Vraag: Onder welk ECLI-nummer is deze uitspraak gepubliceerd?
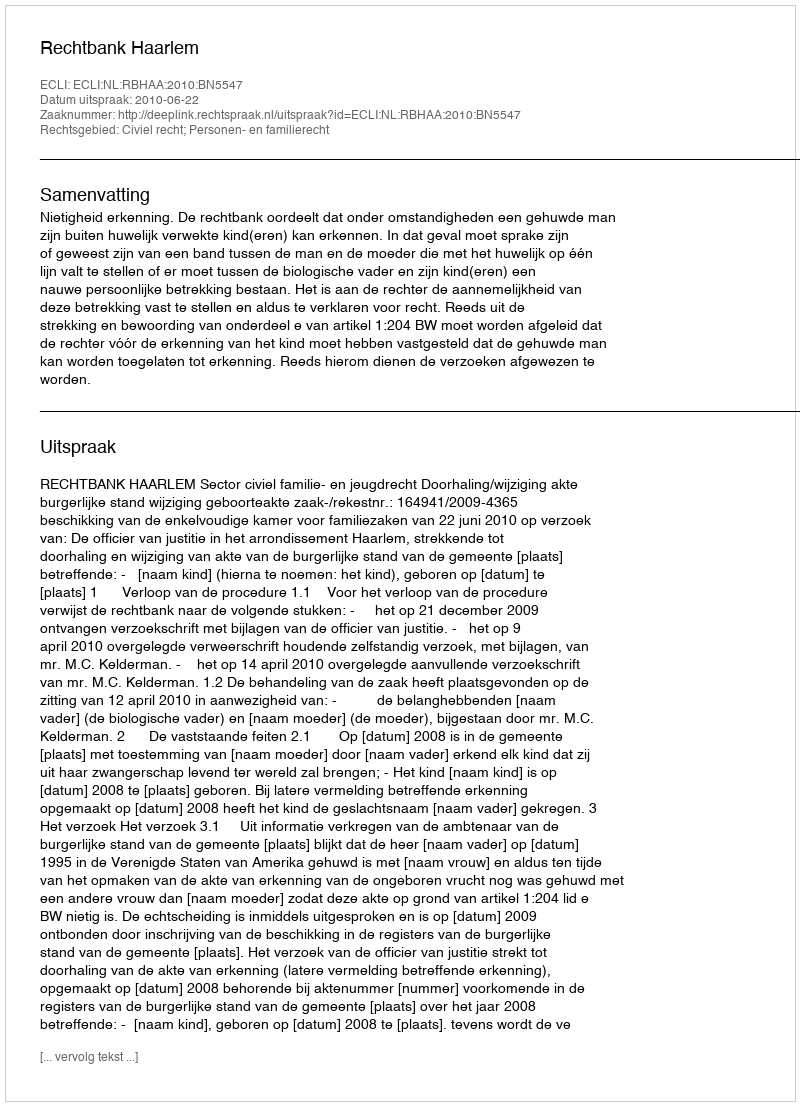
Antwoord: ECLI:NL:RBHAA:2010:BN5547